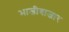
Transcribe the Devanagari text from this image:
भाजीबाजार